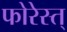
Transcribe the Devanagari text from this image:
फोरेस्त्